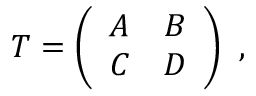
T = \left( \begin{array} { c c } { { A } } & { { B } } \\ { { C } } & { { D } } \end{array} \right) \ ,